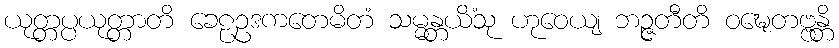
ယုတ္တပ္ပယုတ္တာတိ ခေဠဥဒကတေမိတံ သမ္မန္တယိံသု ဟုဝေယျ ဘဉ္ဇတီတိ ဝဍ္ဎေတဗ္ဗန္တိ